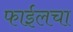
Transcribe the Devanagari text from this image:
फाईलचा